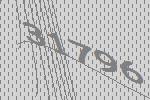
31796